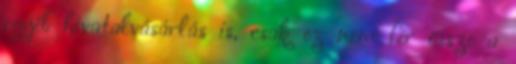
egyéb hivatalvásárlás is, csak ez nem fér össze a